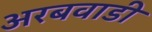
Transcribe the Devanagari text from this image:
अरबवाडी